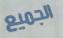
الجميع